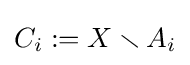
C_{i}:=X\smallsetminus A_{i}